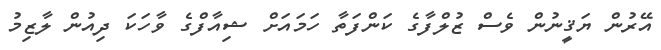
އޭރުން ޔަޤީނުން ވެސް ޒުލްފާގެ ކަންފަތާ ހަމައަށް ޝިއާފްގެ ވާހަކަ ދިއުން ލާޒިމު